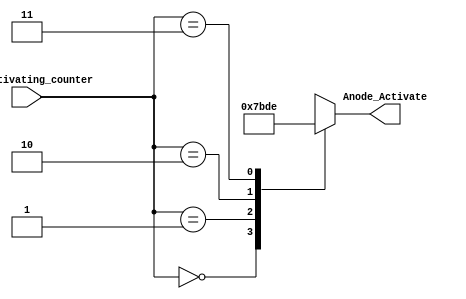
`timescale 1ns / 1ps
//////////////////////////////////////////////////////////////////////////////////
// Company: 
// Engineer: 
// 
// Design Name: 
// Module Name: anode_control
// Project Name: 
// Target Devices: 
// Tool Versions: 
// Description: 
// 
// Dependencies: 
// 
// Revision:
// Revision 0.01 - File Created
// Additional Comments:
// 
//////////////////////////////////////////////////////////////////////////////////


module anode_control(input [1:0]LED_activating_counter,  output reg [3:0] Anode_Activate);
    // anode activating signals for 4 LEDs
// decoder to generate anode signals 
always @(LED_activating_counter)
begin
    case(LED_activating_counter)
    2'b00: begin
        Anode_Activate = 4'b0111; 
         end
    2'b01: begin
        Anode_Activate = 4'b1011; 
            end
    2'b10: begin
        Anode_Activate = 4'b1101; 
          end
      2'b11: begin
        Anode_Activate = 4'b1110; 
        end
    endcase
end

endmodule